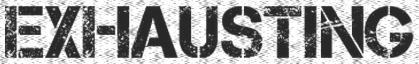
EXHAUSTING